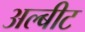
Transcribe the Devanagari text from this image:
अल्बीट